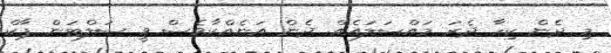
މި ދެން ކިހާ ދެރަ މައްސަލައެއް. ދެން އަނެއްކާވެސް ވީ ސަލްޓަން ޕާކް